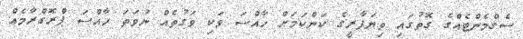
ސެގްމެންޓެއްގެ ގޮތުގައި ވިޔަފާރީގެ ކަންކަމަށް ހާއްސަ ވަކި ވަގުތެއް ނުވަތަ ހާއްސަ ޕްރޮގްރާމެއް